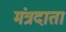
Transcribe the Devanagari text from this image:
मंत्रदाता